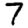
Digit: 7